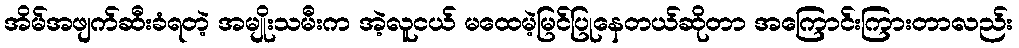
အိမ်အဖျက်ဆီးခံရတဲ့ အမျိုးသမီးက အဲ့လူငယ် မထေမဲ့မြင်ပြုနေတယ်ဆိုတာ အကြောင်းကြားတာလည်း